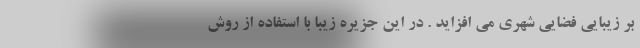
بر زیبایی فضایی شهری می افزاید . در این جزیره زیبا با استفاده از روش